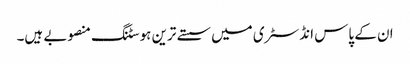
ان کے پاس انڈسٹری میں سستے ترین ہوسٹنگ منصوبے ہیں۔